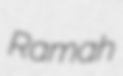
Ramah